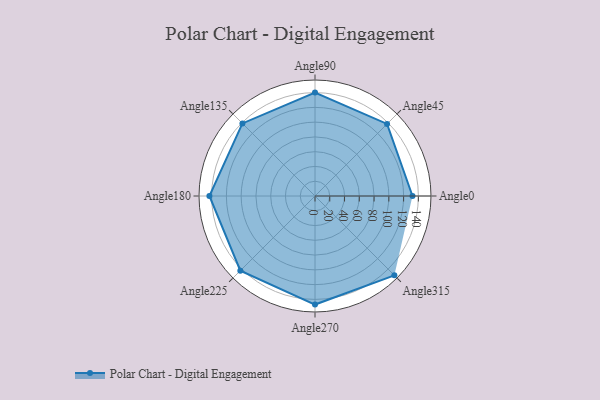
{"axis": {"x": "Angle", "y": "Radius"}, "legend": [""], "data": [{"x": "Angle0", "y": 132.0, "type": ""}, {"x": "Angle45", "y": 138.0, "type": ""}, {"x": "Angle90", "y": 140.0, "type": ""}, {"x": "Angle135", "y": 139.0, "type": ""}, {"x": "Angle180", "y": 143.0, "type": ""}, {"x": "Angle225", "y": 143.0, "type": ""}, {"x": "Angle270", "y": 147.0, "type": ""}, {"x": "Angle315", "y": 152.0, "type": ""}]}